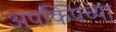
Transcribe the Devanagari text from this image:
अपकिपच्या